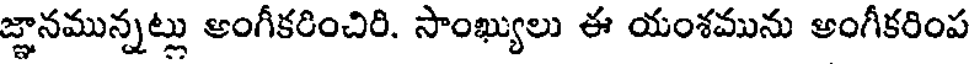
జ్ఞానమున్నట్లు అంగీకరించిరి. సాంఖ్యులు ఈ యంశమును అంగీకరింప